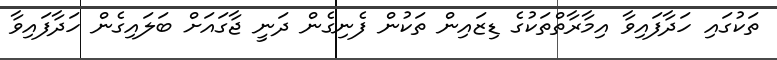
ތަކުގައި ހަދާފައިވާ އިމާރާތްތަކުގެ ޑިޒައިން ތަކުން ފެނިގެން ދަނީ ޖާގައަށް ބަލައިގެން ހަދާފައިވާ